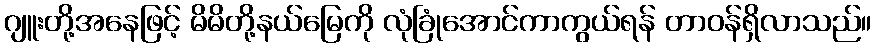
ဂျူးတို့အနေဖြင့် မိမိတို့နယ်မြေကို လုံခြုံအောင်ကာကွယ်ရန် တာဝန်ရှိလာသည်။